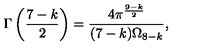
\Gamma \left( \frac { 7 - k } { 2 } \right) = \frac { 4 \pi ^ { \frac { 9 - k } { 2 } } } { ( 7 - k ) \Omega _ { 8 - k } } ,